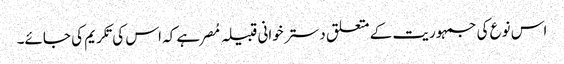
اس نوع کی جمہوریت کے متعلق دستر خوانی قبیلہ مُصر ہے کہ اس کی تکریم کی جائے۔